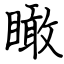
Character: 瞰